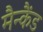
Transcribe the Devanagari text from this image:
मैन्कैंड